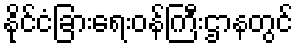
နိုင်ငံခြားရေးဝန်ကြီးဌာနတွင်